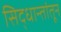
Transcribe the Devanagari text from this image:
सिद्धान्तांतून